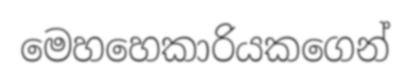
මෙහහෙකාරියකගෙන්